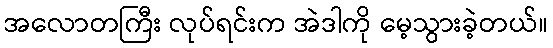
အလောတကြီး လုပ်ရင်းက အဲဒါကို မေ့သွားခဲ့တယ်။